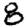
Digit: 8